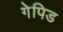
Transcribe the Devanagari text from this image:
गेपिड